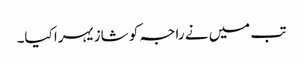
تب میں نے راجہ کو شازیہرا کیا۔